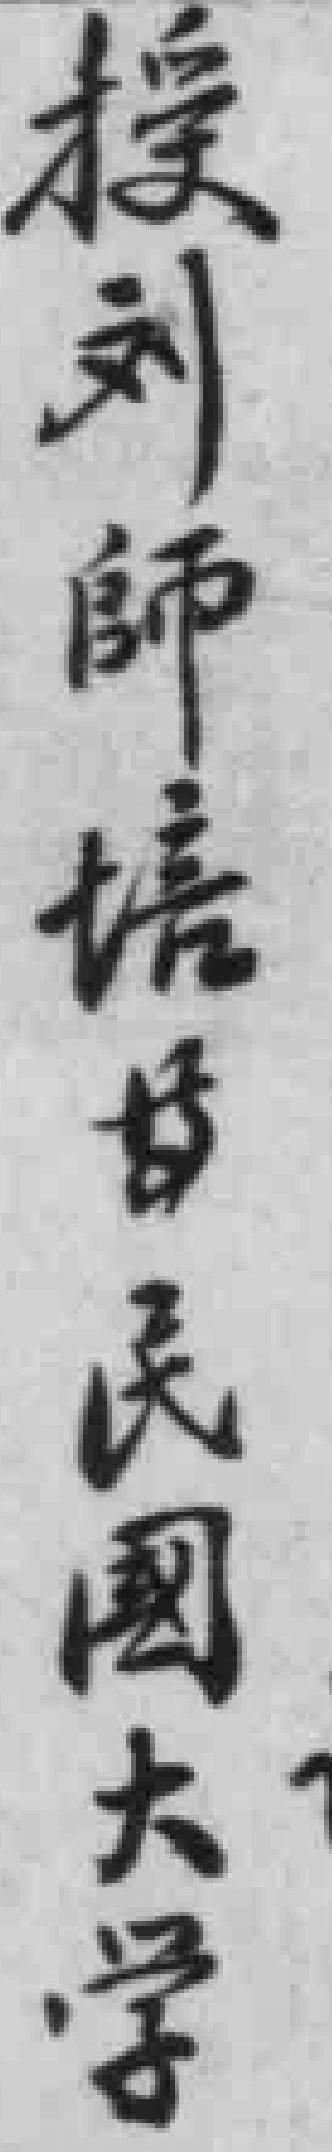
授刘師培*民國大学